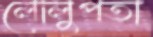
লোলুপতা